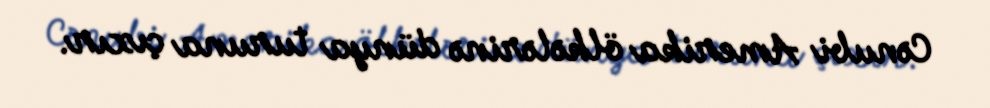
Cənubi Amerika ölkələrinə dünya turuna çıxır.